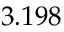
3 . 1 9 8